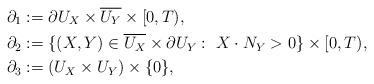
LaTeX: \begin{align*}\partial_1&:=\partial U_X\times \overline{U_Y}\times[0,T),\\\partial_2&:=\{(X,Y)\in \overline{U_X}\times\partial U_Y:\ X\cdot N_Y>0\}\times[0,T),\\\partial_3&:=(U_X\times U_Y)\times\{0\},\end{align*}